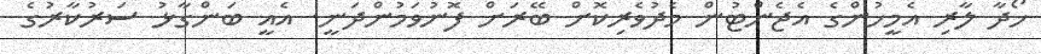
ހޯދާ ލާރި އެމީހުންގެ އެޖެންޓުން މެދުވެރިކޮށް ބޭރަށް ފޮނުވަމުންދަނީ. އެއީ ބަންގާޅު ސަރުކާރުގެ